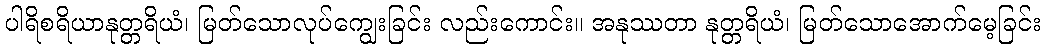
ပါရိစရိယာနုတ္တရိယံ၊ မြတ်သောလုပ်ကျွေးခြင်း လည်းကောင်း။ အနုဿတာ နုတ္တရိယံ၊ မြတ်သောအောက်မေ့ခြင်း